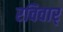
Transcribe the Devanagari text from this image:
रविवार्